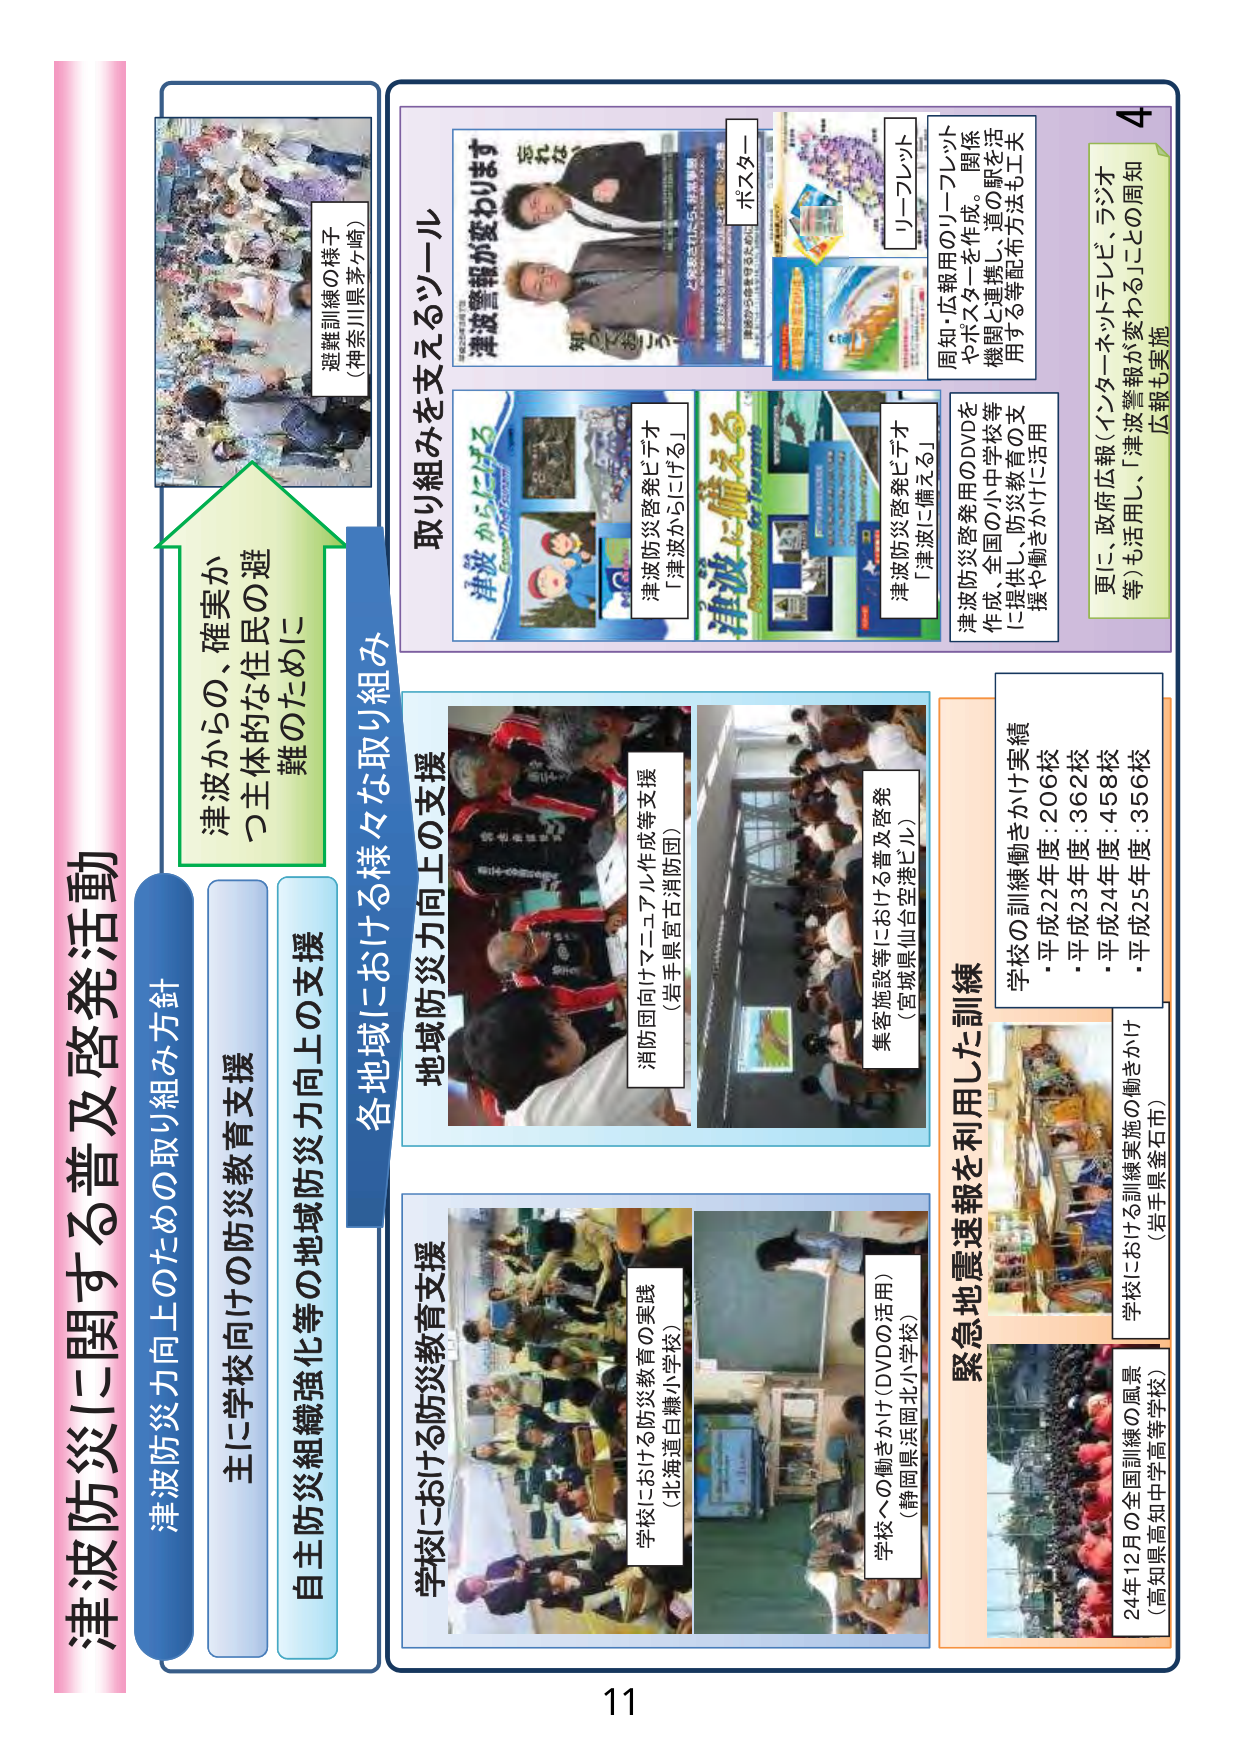
津波防災に関する普及啓発活動

津波防災力向上のための取り組み方針

主に学校向けの防災教育支援

自主防災組織強化等の地域防災力向上の支援

津波からの、確実かつ主体的な住民の避難のために

避難訓練の様子
（神奈川県茅ヶ崎）

取り組みを支えるツール

津波警報が変わります
知らせる

ポスター

リーフレット

周知・広報用のリーフレットやポスターを作成。関係機関と連携し、道の駅を活用する等配布方法も工夫

津波防災啓発ビデオ
「津波からにげる」

津波防災啓発ビデオ
「津波に備える」

津波防災啓発用のDVDを作成、全国の小中学校等に提供し、防災教育の支援や働きかけに活用

更に、政府広報（インターネットテレビ、ラジオ等）も活用し、「津波警報が変わることの周知広報も実施

各地域における様々な支援

消防団向けマニュアル作成等支援
（岩手県宮古消防団）

集客施設等における普及啓発
（宮城県仙台空港ビル）

学校の訓練動きかけ実績
・平成22年度：206校
・平成23年度：362校
・平成24年度：458校
・平成25年度：356校

緊急地震速報を利用した訓練

学校における防災教育の実践
（北海道白糠小学校）

学校への働きかけ（DVDの活用）
（静岡県浜岡北小学校）

学校における訓練実施の働きかけ
（岩手県釜石市）

24年12月の全国訓練の風景
（高知県高知中学高等学校）

11